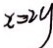
x = 2 y